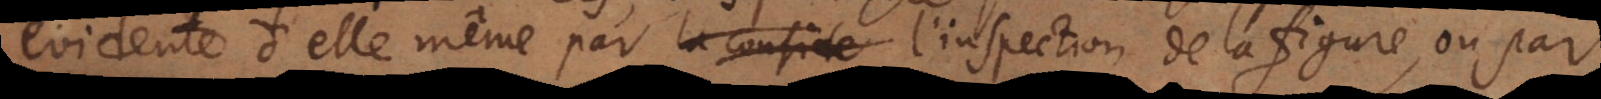
evidente d’elle même par la conside l’inspection de la figure, ou par